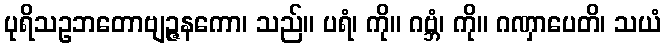
ပုရိသဥဘတောဗျဉ္ဇနကော၊ သည်။ ပရံ၊ ကို။ ဂဗ္ဘံ၊ ကို။ ဂဏှာပေတိ၊ သယံ